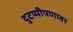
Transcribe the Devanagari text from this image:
दुटप्पीपणावर